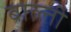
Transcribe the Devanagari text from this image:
बाल्ती